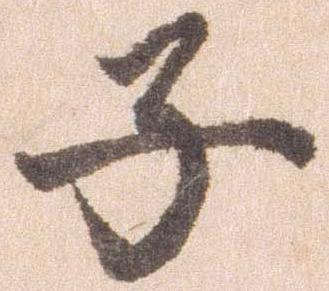
子